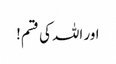
اور اللہ کی قسم!